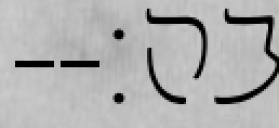
בה׃--